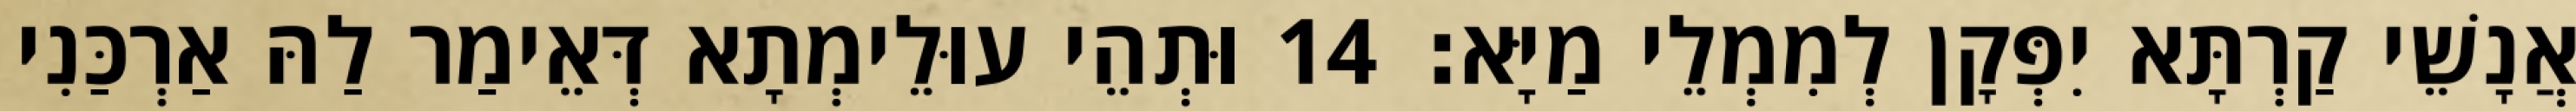
אֲנָשֵׁי קַרְתָּא יִפְּקָן לְמִמְלֵי מַיָּא׃ 14 וּתְהֵי עוּלֵימְתָא דְּאֵימַר לַהּ אַרְכַּנִי